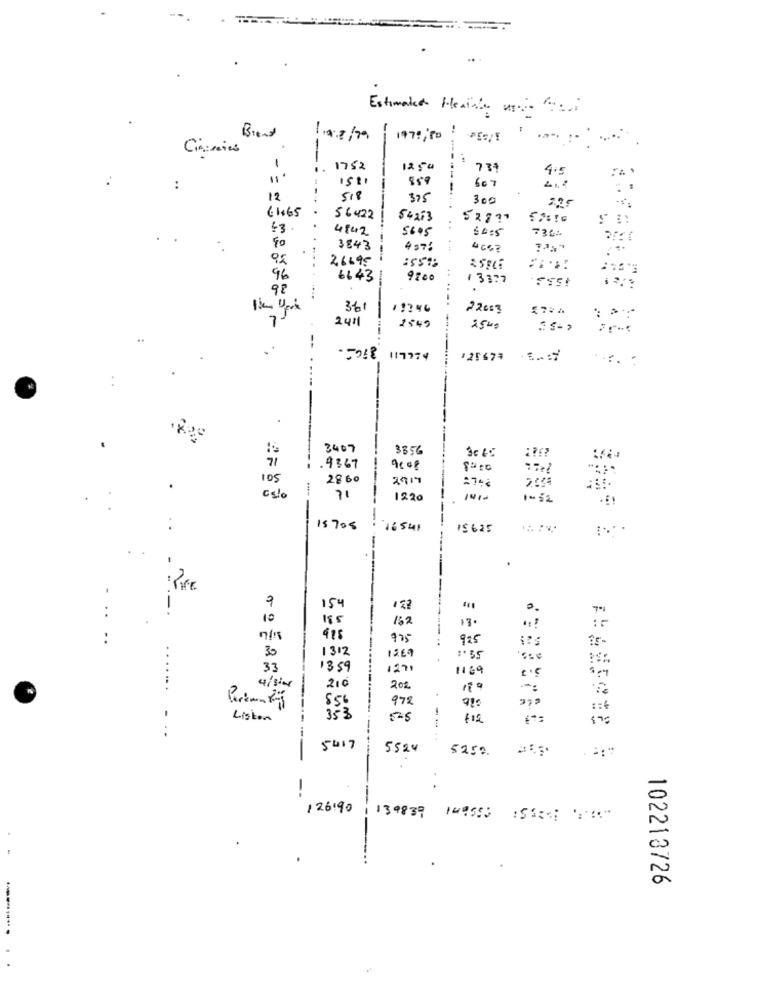
Estimated Heather again food
--
Brent
1.0 8/79
197: 50
.....
Giramies
1
1752
1250
-----
731
4.5
-
859
:
607
12
375
300
2.95
61.65
56422
54253
52771
43.
4542
5605
..
54:5
736:
80
.
3843
-
4 57 6
4667
26695
96
61 43
9:00
# 3377
98
...
36
22003
7-
2411
1549
25mg
....
--
.5248 117774
125673
-
3407
3356
71
.9367
9008
105
2860
2917
.
:
71
1220
1410
---
15705
16541
IS 625
: PIFF
--
-
154
10
185
162
13 .
"! !
975
925
30
1312
1269
Ese
33
1359
1271
1129
.. .
4/sier
210
202
856
972
:6
-
Listen
353
5-5
..
---------
5417
5524
5250.
-
126'90
139839 149555 :51 :
102213726
----..... .